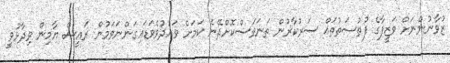
ޒުވާނުންނަށް ވަޒީފާގެ ފުތުސަތުތައް ސަރުކާރުން ތަނަވަސްކޮށްދޭނެ ކަމަށް ވައުދުވެވަޑައިގަންނަވަމުން ރައީސް ޔާމިން ވިދާޅުވީ